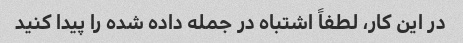
در این کار، لطفاً اشتباه در جمله داده شده را پیدا کنید